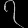
Digit: ၇